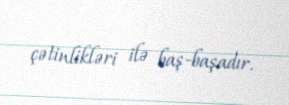
çətinlikləri ilə baş-başadır.